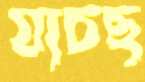
যাচছ